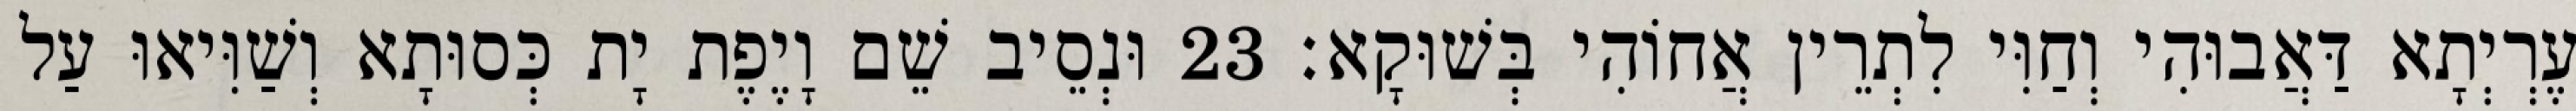
עֶרְיְתָא דַּאֲבוּהִי וְחַוִּי לִתְרֵין אֲחוֹהִי בְּשׁוּקָא׃ 23 וּנְסֵיב שֵׁם וָיֶפֶת יָת כְּסוּתָא וְשַׁוִּיאוּ עַל